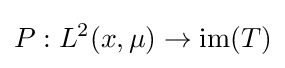
P:L^{2}(x,\mu )\to \operatorname {im} (T)